65_HS1-834228961_62-HQ-83894_Serial_130
Agency: FBI
Page 109
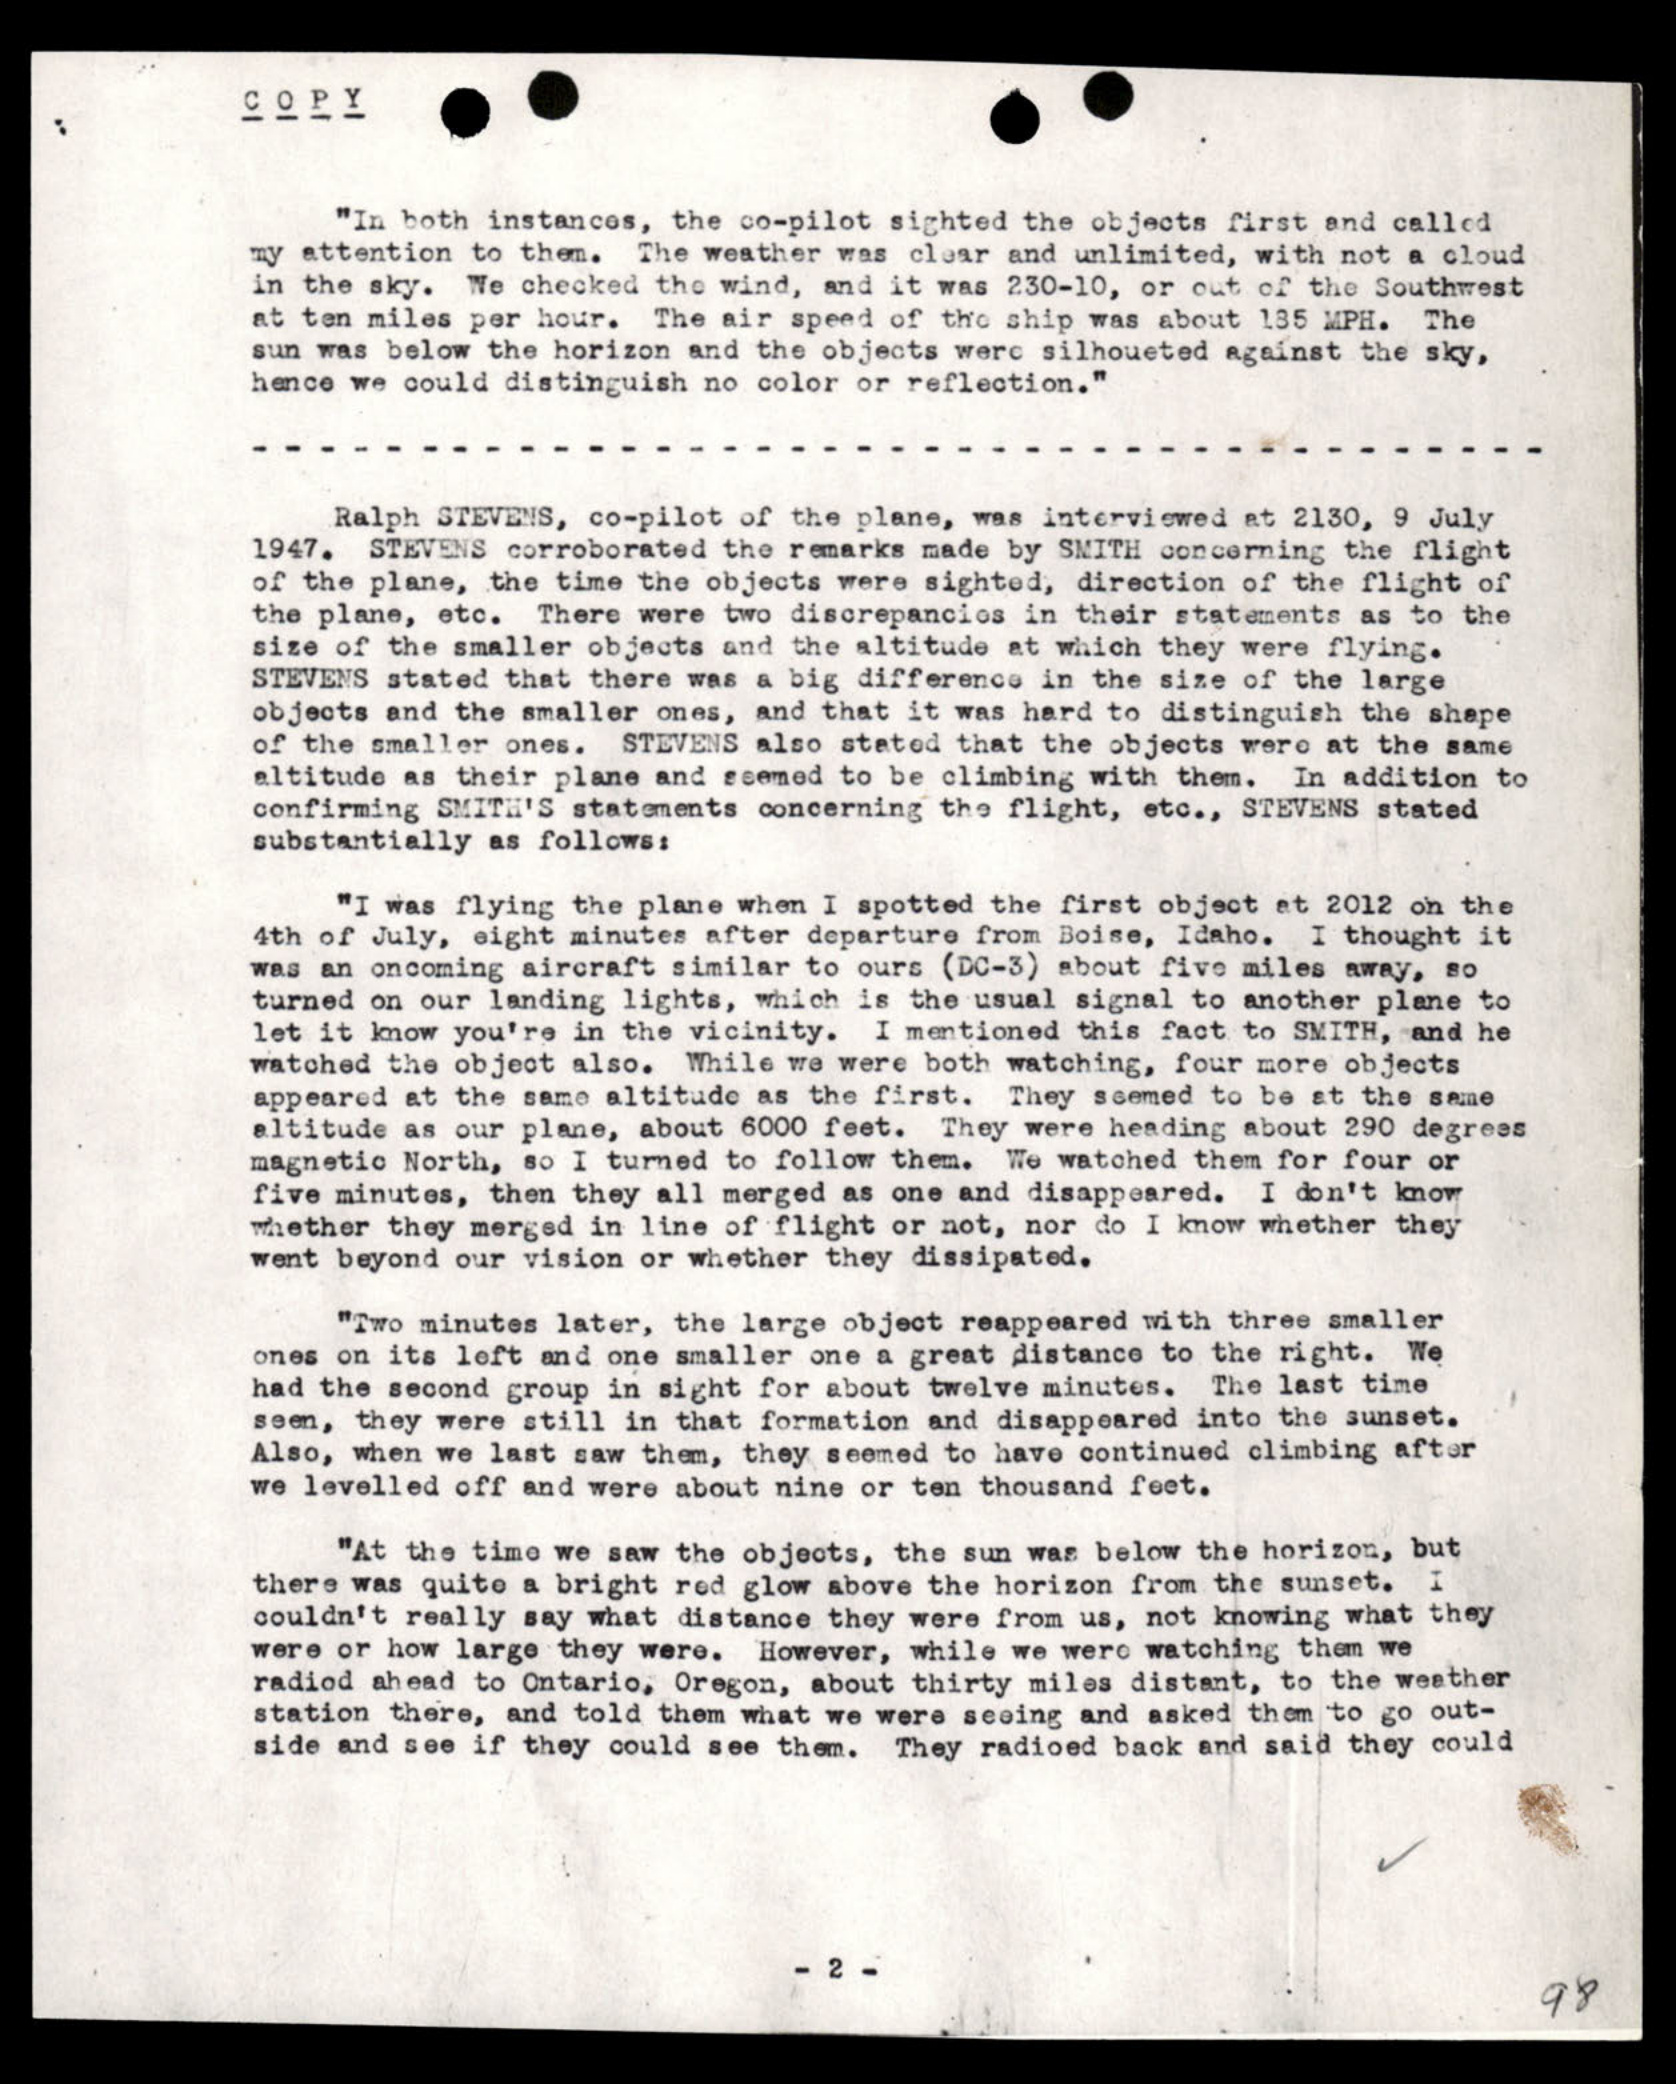